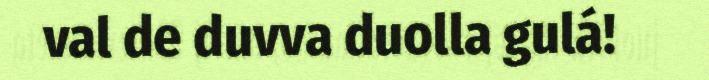
val de duvva duolla gulá!